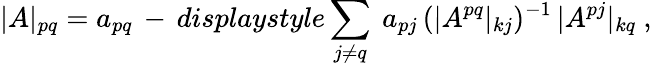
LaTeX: |A|_{pq}=a_{pq}\, -\, displaystyle\sum_{j\not=q}\ a_{pj}\, (|A^{pq}|_{kj})^{-1}\, |A^{pj}|_{kq}\ ,